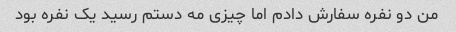
من دو نفره سفارش دادم اما چیزی مه دستم رسید یک نفره بود